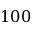
1 0 0